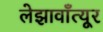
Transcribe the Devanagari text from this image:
लेझावाँत्यूर